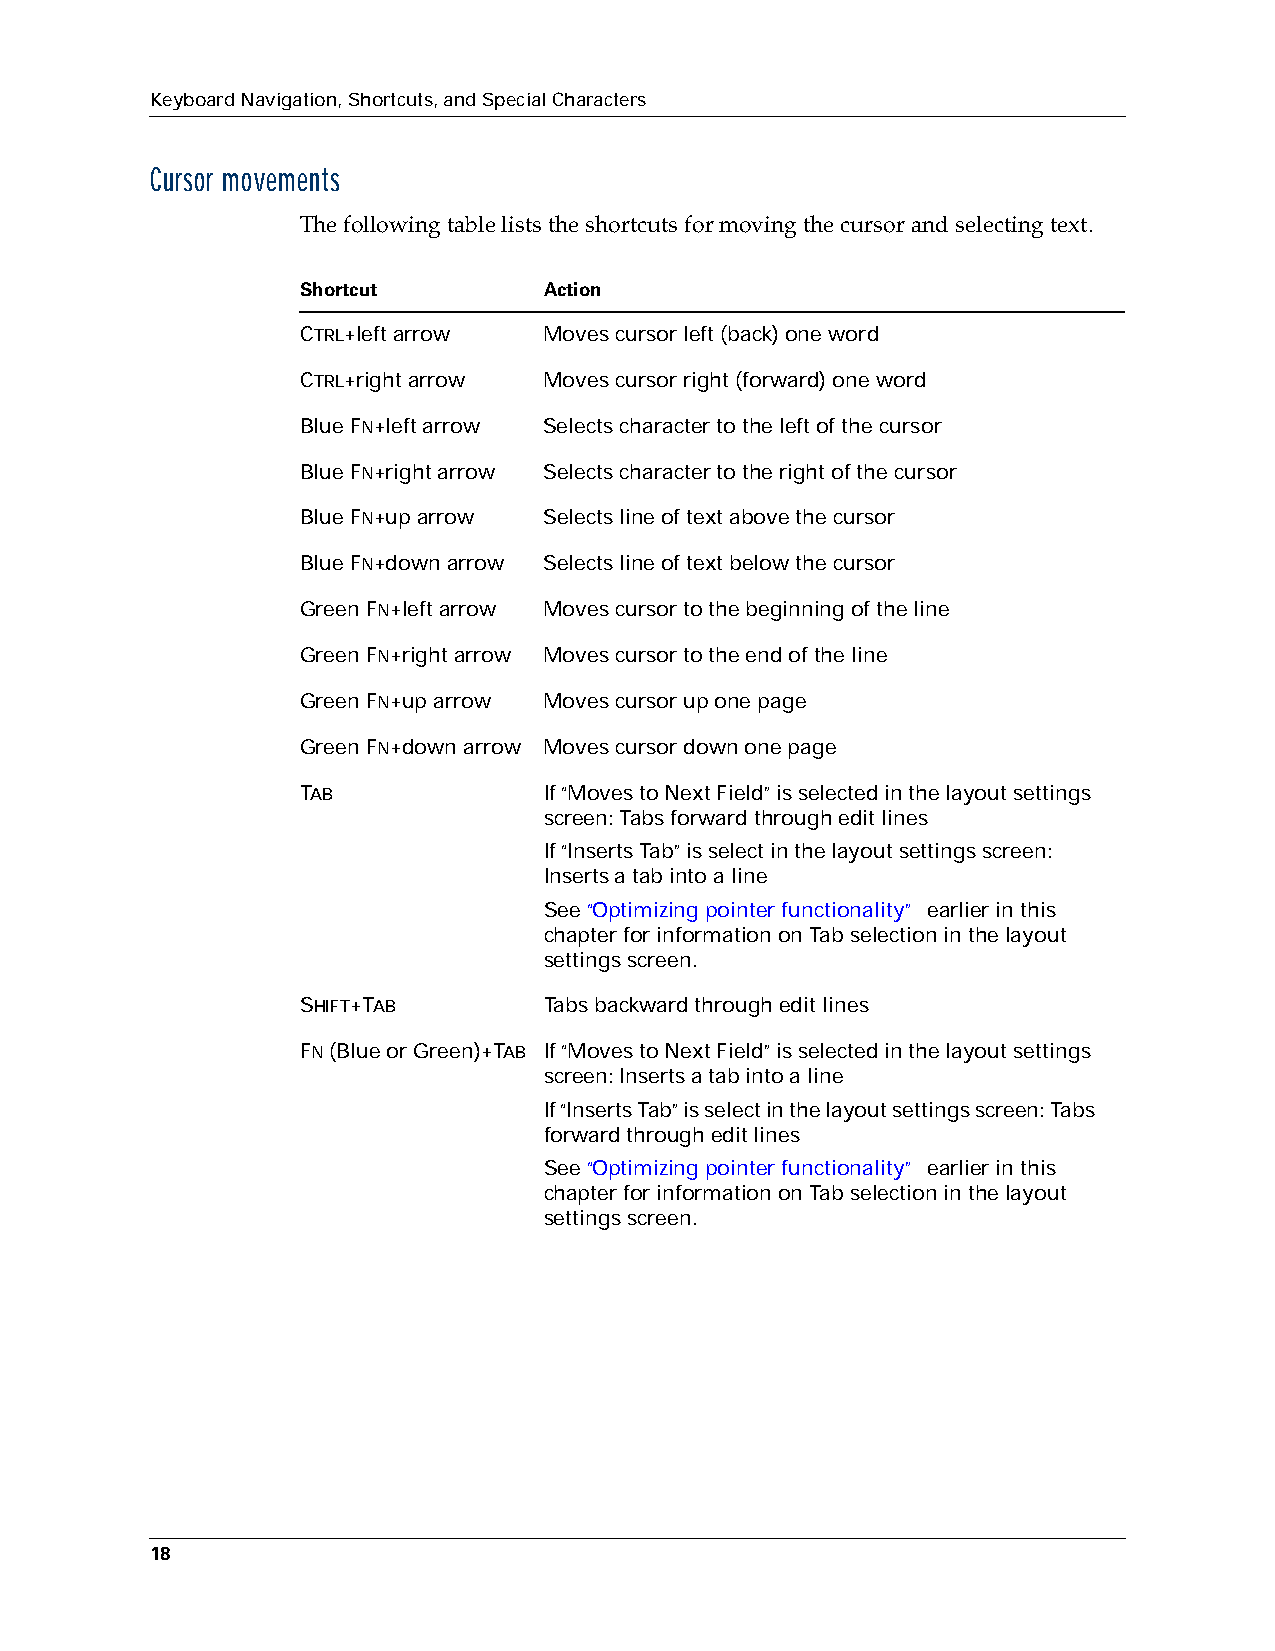
Keyboard Navigation, Shortcuts, and Special Characters
 Cursor movements
 The following table lists the shortcuts for moving the cursor and selecting text.
 Shortcut        Action
 CTRL+left arrow Moves cursor left (back) one word
 CTRL+right arrow Moves cursor right (forward) one word
 Blue FN+left arrow Selects character to the left of the cursor
 Blue FN+right arrow Selects character to the right of the cursor
 Blue FN+up arrow Selects line of text above the cursor
 Blue FN+down arrow Selects line of text below the cursor
 Green FN+left arrow Moves cursor to the beginning of the line
 Green FN+right arrow Moves cursor to the end of the line
 Green FN+up arrow Moves cursor up one page
 Green FN+down arrow Moves cursor down one page
 TAB             If “Moves to Next Field” is selected in the layout settings
 screen: Tabs forward through edit lines
 If “Inserts Tab” is select in the layout settings screen:
 Inserts a tab into a line
 See “Optimizing pointer functionality” earlier in this
 chapter for information on Tab selection in the layout
 settings screen.
 SHIFT+TAB       Tabs backward through edit lines
 FN (Blue or Green)+TAB If “Moves to Next Field” is selected in the layout settings
 screen: Inserts a tab into a line
 If “Inserts Tab” is select in the layout settings screen: Tabs
 forward through edit lines
 See “Optimizing pointer functionality” earlier in this
 chapter for information on Tab selection in the layout
 settings screen.
 18